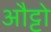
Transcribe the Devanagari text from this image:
औट्टो